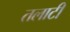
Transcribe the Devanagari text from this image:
तलाटी